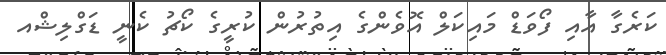
ކަރެގާ އާއި ފޯވަޑް މައިކަލް އޮވެންގެ އިތުރުން ކުރީގެ ކޯޗު ކެނީ ޑަގްލިޝްއ